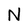
Character: N